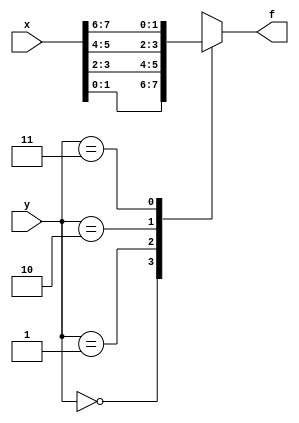
module MUX4_1(x,y,f);
	input [7:0] x;
	input [1:0] y;
	output reg [1:0] f;
	
	always @ (x or y)
		case (y)
			0:f=x[1:0];
			1:f=x[3:2];
			2:f=x[5:4];
			3:f=x[7:6];
		endcase
		
endmodule